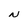
Character: N